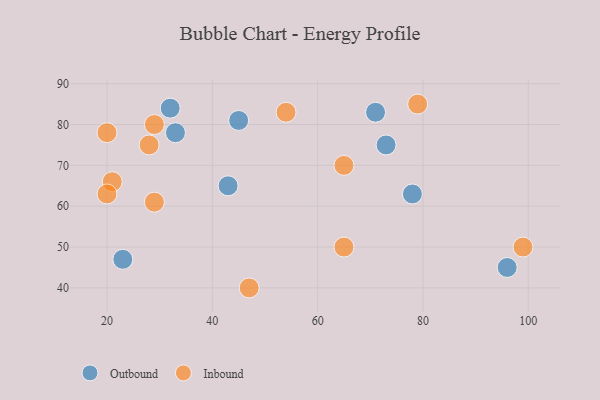
{"axis": {"x": "GDP", "y": "Life Expectancy"}, "legend": ["Inbound", "Outbound"], "data": [{"x": "45", "y": 81, "type": "Outbound"}, {"x": "71", "y": 83, "type": "Outbound"}, {"x": "43", "y": 65, "type": "Outbound"}, {"x": "23", "y": 47, "type": "Outbound"}, {"x": "78", "y": 63, "type": "Outbound"}, {"x": "96", "y": 45, "type": "Outbound"}, {"x": "33", "y": 78, "type": "Outbound"}, {"x": "32", "y": 84, "type": "Outbound"}, {"x": "73", "y": 75, "type": "Outbound"}, {"x": "99", "y": 50, "type": "Inbound"}, {"x": "54", "y": 83, "type": "Inbound"}, {"x": "79", "y": 85, "type": "Inbound"}, {"x": "20", "y": 78, "type": "Inbound"}, {"x": "65", "y": 50, "type": "Inbound"}, {"x": "28", "y": 75, "type": "Inbound"}, {"x": "21", "y": 66, "type": "Inbound"}, {"x": "20", "y": 63, "type": "Inbound"}, {"x": "65", "y": 70, "type": "Inbound"}, {"x": "29", "y": 61, "type": "Inbound"}, {"x": "29", "y": 80, "type": "Inbound"}, {"x": "47", "y": 40, "type": "Inbound"}]}